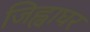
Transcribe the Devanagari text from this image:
जिह्वाघर